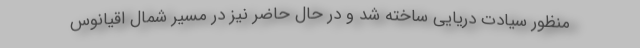
منظور سیادت دریایی ساخته شد و در حال حاضر نیز در مسیر شمال اقیانوس